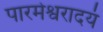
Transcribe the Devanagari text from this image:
पारमेश्वरादयं